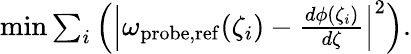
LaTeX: \begin{array}{r}{\operatorname*{min}{\sum_{i}\left(\left|\omega_{\mathrm{probe,ref}}(\zeta_{i})-\frac{d\phi(\zeta_{i})}{d\zeta}\right|^{2}\right)}.}\end{array}